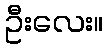
ဦးလေး။